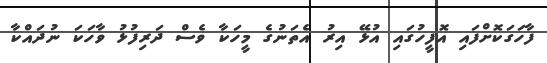
ފާހަގަކޮށްފައި އޮފީހުގައި އުޅޭ އިރު އެތަނުގެ މީހަކާ ވެސް ދަރިފުޅު ވާހަކަ ނުދައްކާ